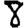
Digit: 8